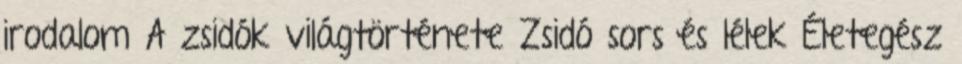
irodalom A zsidók világtörténete Zsidó sors és lélek Életegész